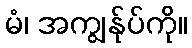
မံ၊ အကျွန်ုပ်ကို။